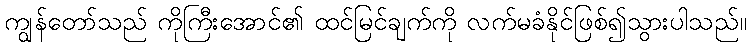
ကျွန်တော်သည် ကိုကြီးအောင်၏ ထင်မြင်ချက်ကို လက်မခံနိုင်ဖြစ်၍သွားပါသည်။